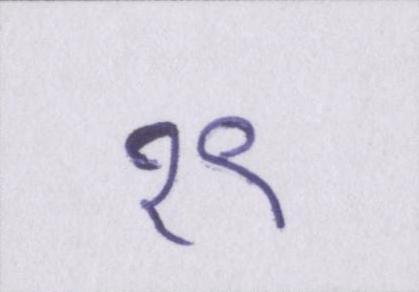
१९